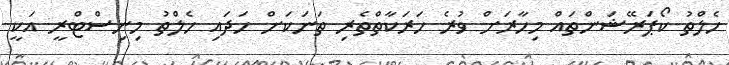
ހެލްތު ކޯޕަރޭޝަންތައް މިހާރަށް ވުރެ ހަރަކާތްތެރި ތަނަކަށް ހަދައި ހެލްތު މިނިސްޓްރީ އަކީ